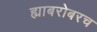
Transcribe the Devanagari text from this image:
ह्याबरोबरच